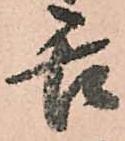
舌